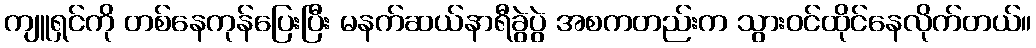
ကျူရှင်ကို တစ်နေကုန်ပြေးပြီး မနက်ဆယ်နာရီခွဲပွဲ အစကတည်းက သွားဝင်ထိုင်နေလိုက်တယ်။